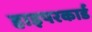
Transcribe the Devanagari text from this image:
हाइपरकार्ड